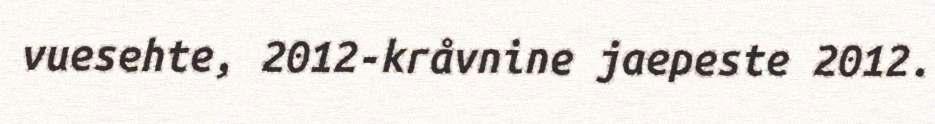
vuesehte, 2012-kråvnine jaepeste 2012.